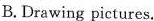
B. Drawing pictures.